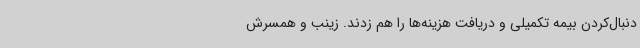
دنبال‌کردن بیمه تکمیلی و دریافت هزینه‌ها را هم زدند. زینب و همسرش